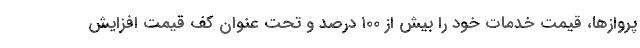
پروازها، قیمت خدمات خود را بیش از ۱۰۰ درصد و تحت عنوان کف قیمت افزایش